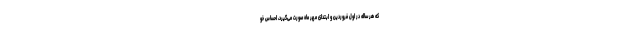
که هر ساله در اول فروردین و ابتدای مهر ماه صورت می‌گیرد، احساس خو